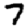
Digit: 7